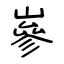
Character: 嵾